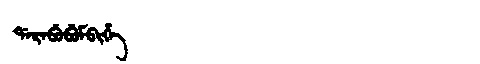
Manchu: ᡩᠠᡵᠠᠪᡠᠪᡠᠮᠪᡳᡥᡝ
Romanization: DARABUBUMBIHE